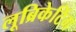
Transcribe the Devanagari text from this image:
लूब्रिकेटिंग